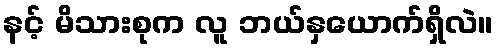
နင့် မိသားစုက လူ ဘယ်နှယောက်ရှိလဲ။